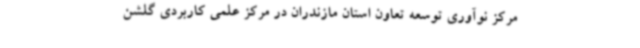
مرکز نوآوری توسعه تعاون استان مازندران در مرکز علمی کاربردی گلشن